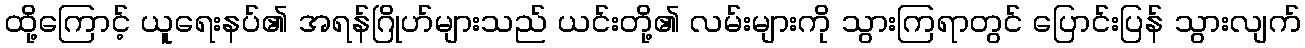
ထို့ကြောင့် ယူရေးနပ်၏ အရန်ဂြိုဟ်များသည် ယင်းတို့၏ လမ်းများကို သွားကြရာတွင် ပြောင်းပြန် သွားလျက်